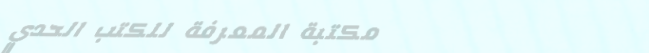
مكتبة المعرفة للكتب الحدي